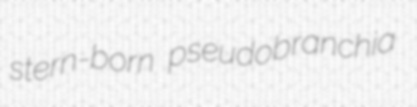
stern-born pseudobranchia